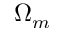
\Omega _ { m }